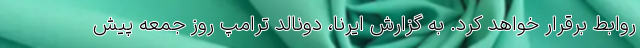
روابط برقرار خواهد کرد. به گزارش ایرنا، دونالد ترامپ روز جمعه پیش